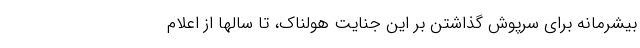
بيشرمانه براي سرپوش گذاشتن بر اين جنايت هولناك، تا سالها از اعلام